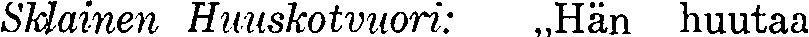
Sklainen Huuskotvuori: ,,Hän huutaa